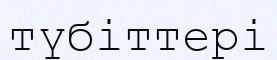
түбіттері